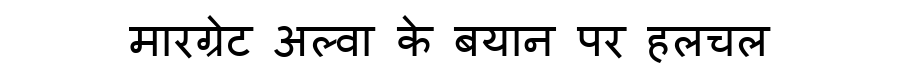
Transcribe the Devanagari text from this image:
मारग्रेट अल्वा के बयान पर हलचल